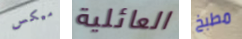
ميكس العائلية مطبخ